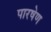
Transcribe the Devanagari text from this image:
पारषेण